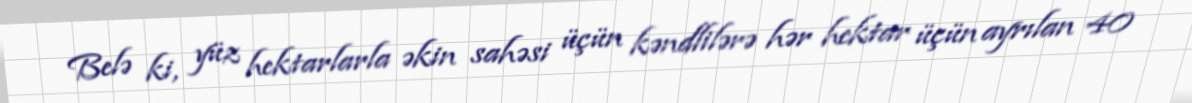
Belə ki, yüz hektarlarla əkin sahəsi üçün kəndlilərə hər hektar üçün ayrılan 40